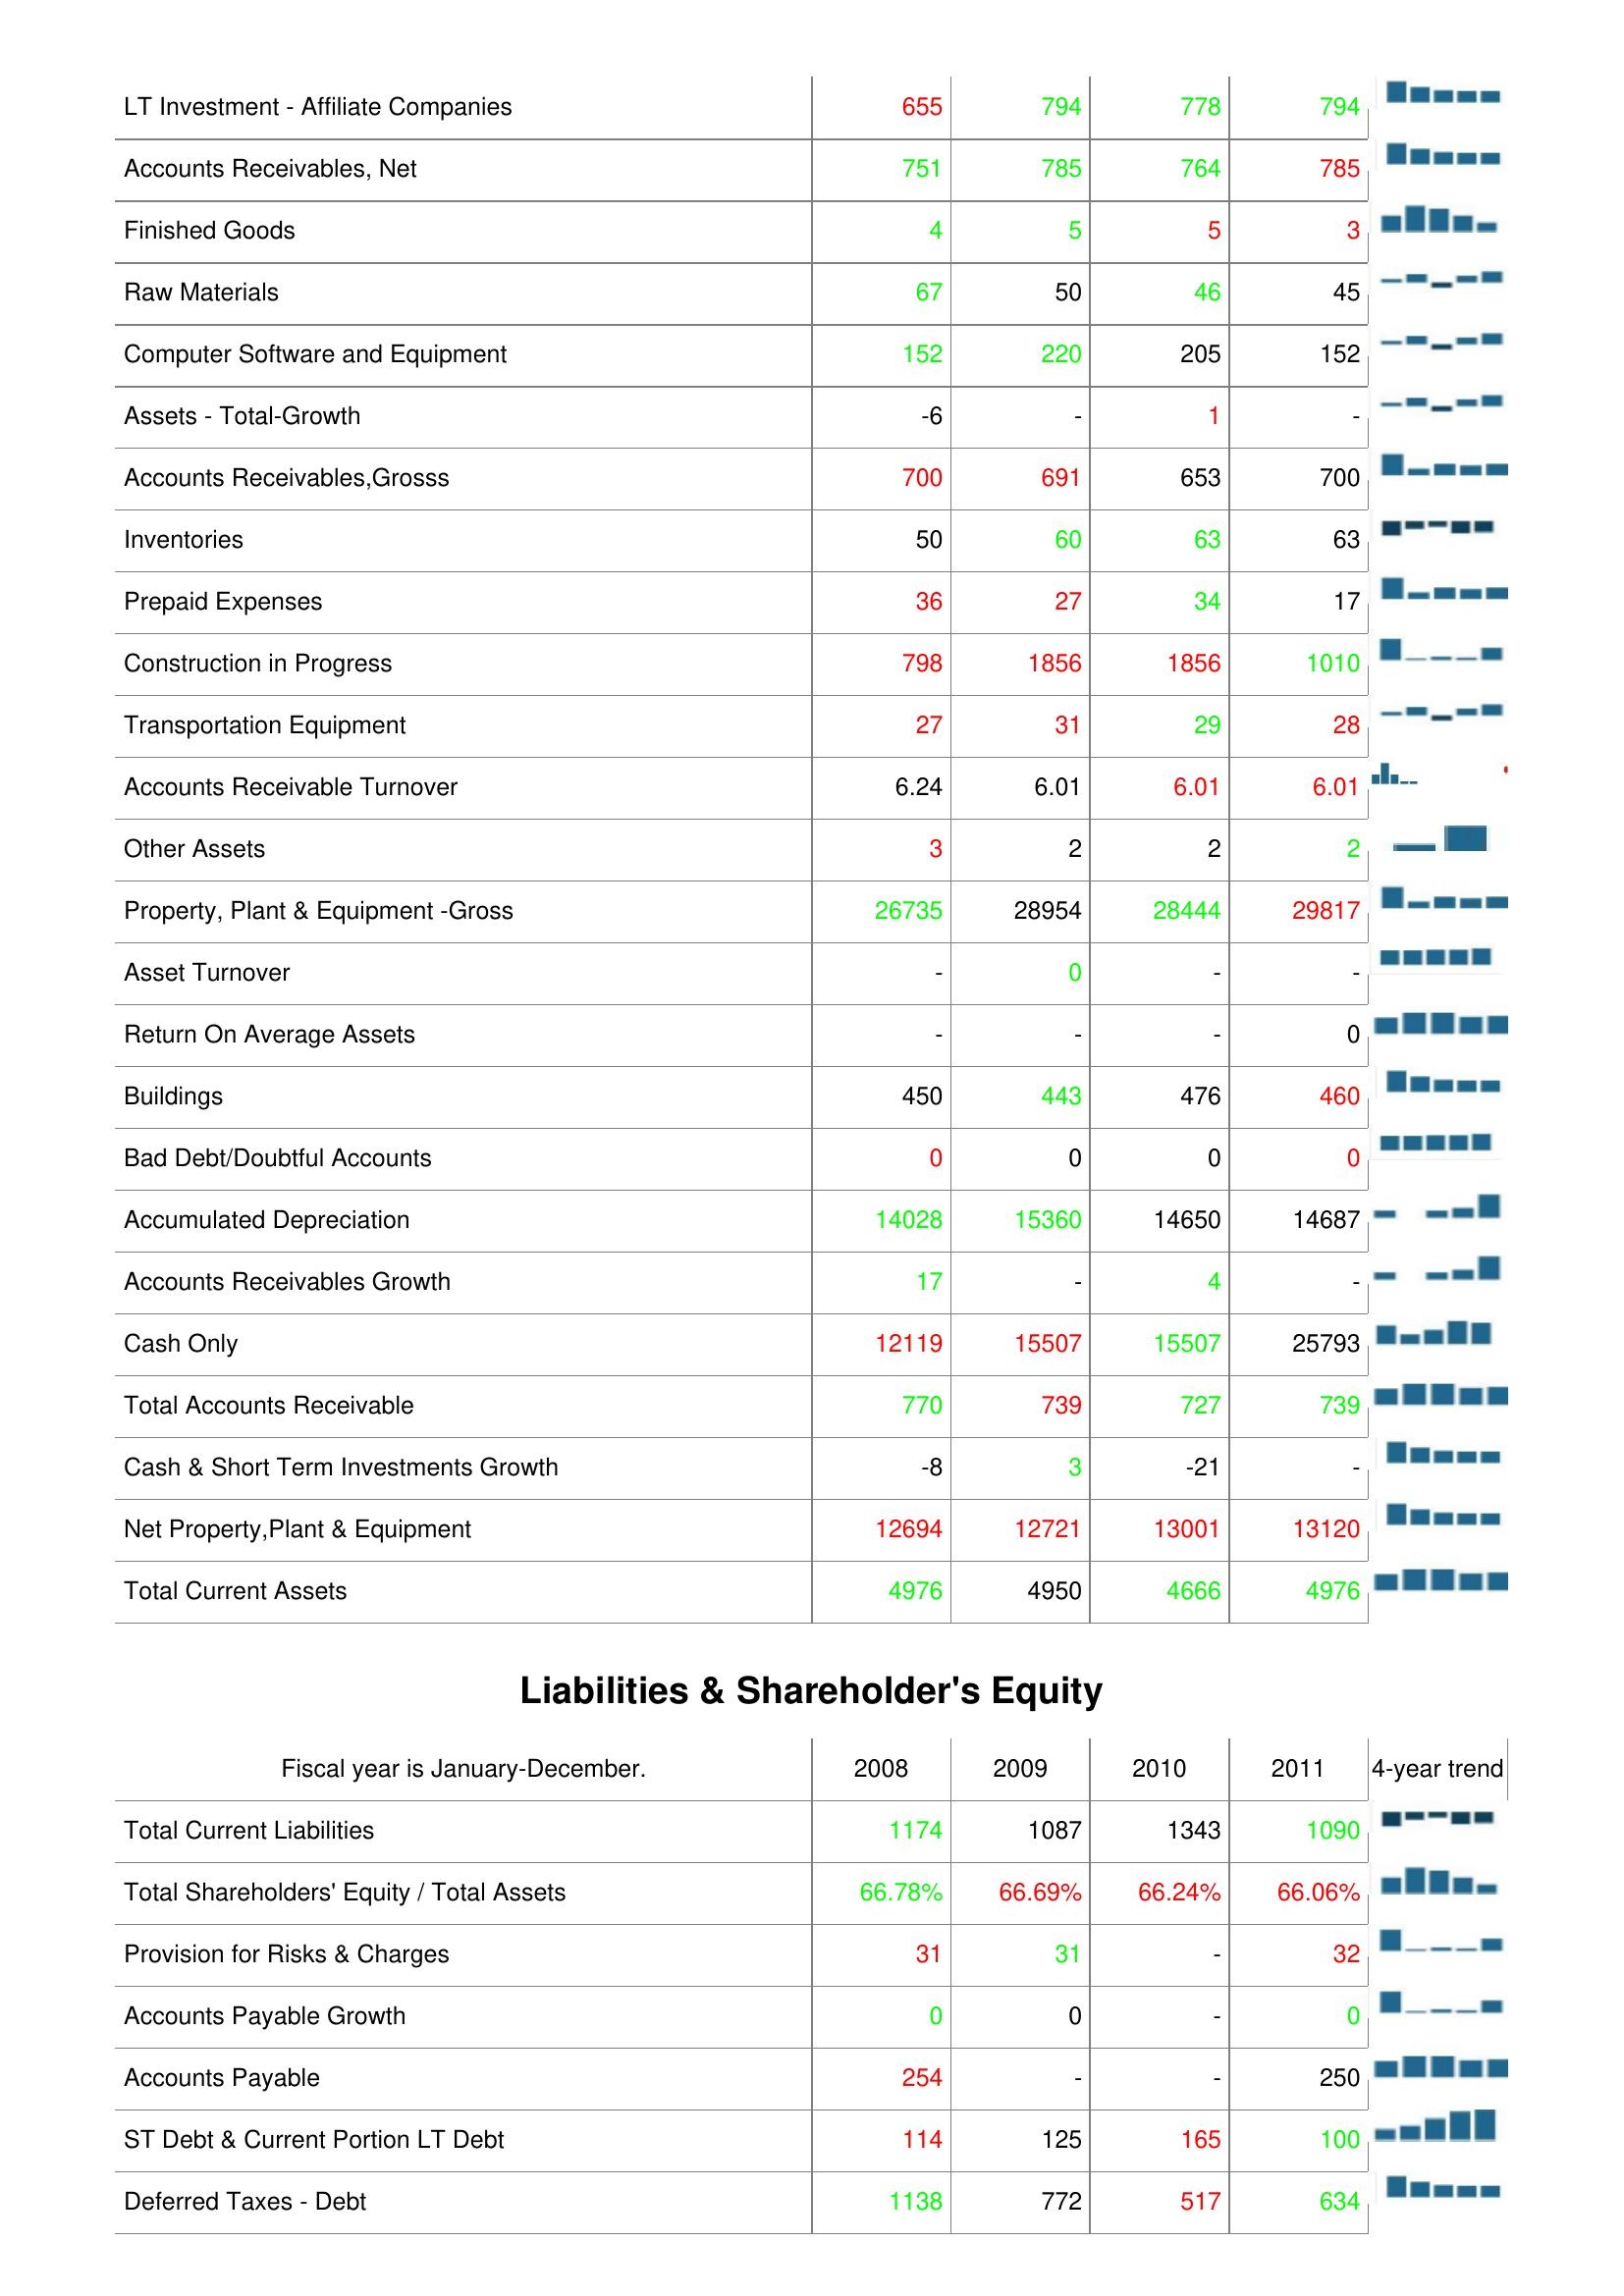
2008: Assets: LT Investment - Affiliate Companies: 655
Accounts Receivables, Net: 751
Finished Goods: 4
Raw Materials: 67
Computer Software and Equipment: 152
Assets - Total-Growth: -6
Accounts Receivables,Grosss: 700
Inventories: 50
Prepaid Expenses: 36
Construction in Progress: 798
Transportation Equipment: 27
Accounts Receivable Turnover: 6.24
Other Assets: 3
Property, Plant & Equipment -Gross: 26735
Asset Turnover: -
Return On Average Assets: -
Buildings: 450
Bad Debt/Doubtful Accounts: 0
Accumulated Depreciation: 14028
Accounts Receivables Growth: 17
Cash Only: 12119
Total Accounts Receivable: 770
Cash & Short Term Investments Growth: -8
Net Property,Plant & Equipment: 12694
Total Current Assets: 4976
Liabilities & Shareholder's Equity: Total Current Liabilities: 1174
Total Shareholders' Equity / Total Assets: 66.78%
Provision for Risks & Charges: 31
Accounts Payable Growth: 0
Accounts Payable: 254
ST Debt & Current Portion LT Debt: 114
Deferred Taxes - Debt: 1138
2009: Assets: LT Investment - Affiliate Companies: 794
Accounts Receivables, Net: 785
Finished Goods: 5
Raw Materials: 50
Computer Software and Equipment: 220
Assets - Total-Growth: -
Accounts Receivables,Grosss: 691
Inventories: 60
Prepaid Expenses: 27
Construction in Progress: 1856
Transportation Equipment: 31
Accounts Receivable Turnover: 6.01
Other Assets: 2
Property, Plant & Equipment -Gross: 28954
Asset Turnover: 0
Return On Average Assets: -
Buildings: 443
Bad Debt/Doubtful Accounts: 0
Accumulated Depreciation: 15360
Accounts Receivables Growth: -
Cash Only: 15507
Total Accounts Receivable: 739
Cash & Short Term Investments Growth: 3
Net Property,Plant & Equipment: 12721
Total Current Assets: 4950
Liabilities & Shareholder's Equity: Total Current Liabilities: 1087
Total Shareholders' Equity / Total Assets: 66.69%
Provision for Risks & Charges: 31
Accounts Payable Growth: 0
Accounts Payable: -
ST Debt & Current Portion LT Debt: 125
Deferred Taxes - Debt: 772
2010: Assets: LT Investment - Affiliate Companies: 778
Accounts Receivables, Net: 764
Finished Goods: 5
Raw Materials: 46
Computer Software and Equipment: 205
Assets - Total-Growth: 1
Accounts Receivables,Grosss: 653
Inventories: 63
Prepaid Expenses: 34
Construction in Progress: 1856
Transportation Equipment: 29
Accounts Receivable Turnover: 6.01
Other Assets: 2
Property, Plant & Equipment -Gross: 28444
Asset Turnover: -
Return On Average Assets: -
Buildings: 476
Bad Debt/Doubtful Accounts: 0
Accumulated Depreciation: 14650
Accounts Receivables Growth: 4
Cash Only: 15507
Total Accounts Receivable: 727
Cash & Short Term Investments Growth: -21
Net Property,Plant & Equipment: 13001
Total Current Assets: 4666
Liabilities & Shareholder's Equity: Total Current Liabilities: 1343
Total Shareholders' Equity / Total Assets: 66.24%
Provision for Risks & Charges: -
Accounts Payable Growth: -
Accounts Payable: -
ST Debt & Current Portion LT Debt: 165
Deferred Taxes - Debt: 517
2011: Assets: LT Investment - Affiliate Companies: 794
Accounts Receivables, Net: 785
Finished Goods: 3
Raw Materials: 45
Computer Software and Equipment: 152
Assets - Total-Growth: -
Accounts Receivables,Grosss: 700
Inventories: 63
Prepaid Expenses: 17
Construction in Progress: 1010
Transportation Equipment: 28
Accounts Receivable Turnover: 6.01
Other Assets: 2
Property, Plant & Equipment -Gross: 29817
Asset Turnover: -
Return On Average Assets: 0
Buildings: 460
Bad Debt/Doubtful Accounts: 0
Accumulated Depreciation: 14687
Accounts Receivables Growth: -
Cash Only: 25793
Total Accounts Receivable: 739
Cash & Short Term Investments Growth: -
Net Property,Plant & Equipment: 13120
Total Current Assets: 4976
Liabilities & Shareholder's Equity: Total Current Liabilities: 1090
Total Shareholders' Equity / Total Assets: 66.06%
Provision for Risks & Charges: 32
Accounts Payable Growth: 0
Accounts Payable: 250
ST Debt & Current Portion LT Debt: 100
Deferred Taxes - Debt: 634